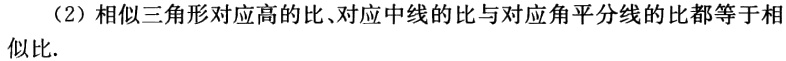
（2）相似三角形对应高的比、对应中线的比与对应角平分线的比都等于相